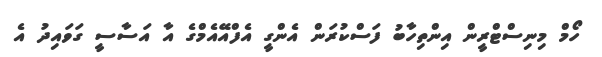
ހޯމް މިނިސްޓްރީން އިންތިހާބު ފަސްކުރަން އެންގީ އެފްއޭއެމްގެ އާ އަސާސީ ގަވައިދު އެ